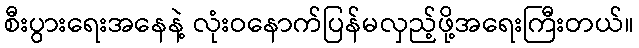
စီးပွားရေးအနေနဲ့ လုံးဝနောက်ပြန်မလှည့်ဖို့အရေးကြီးတယ်။